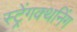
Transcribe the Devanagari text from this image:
स्ट्रेंगक्थनिंग